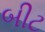
બીટ